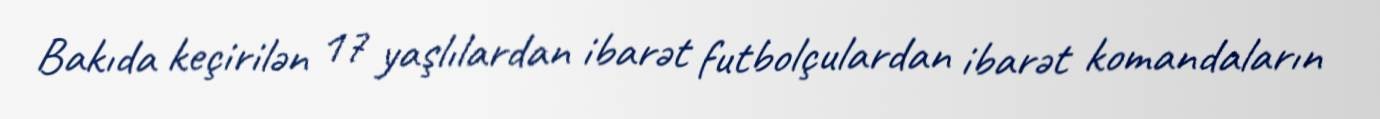
Bakıda keçirilən 17 yaşlılardan ibarət futbolçulardan ibarət komandaların